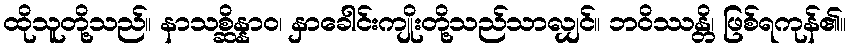
ထိုသူတို့သည်။ နာသစ္ဆိန္နာဝ၊ နှာခေါင်းကျိုးတို့သည်သာလျှင်။ ဘဝိဿန္တိ၊ ဖြစ်ရကုန်၏။